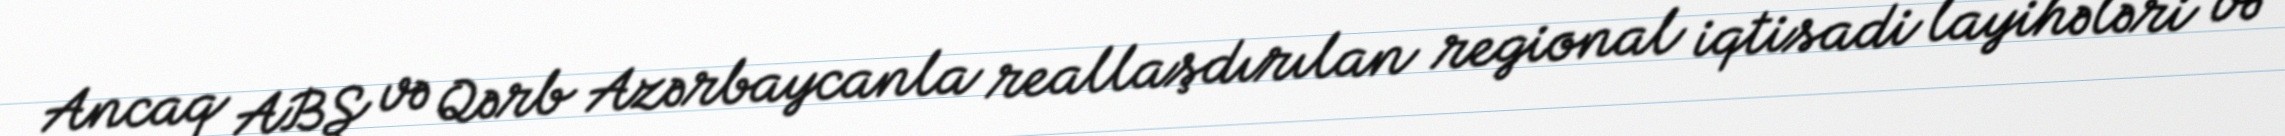
Ancaq ABŞ və Qərb Azərbaycanla reallaşdırılan regional iqtisadi layihələri və